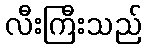
လီးကြီးသည်